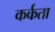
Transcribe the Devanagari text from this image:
कर्कता